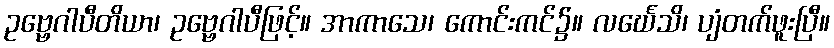
ဥဗ္ဗေဂါပီတိယာ၊ ဥဗ္ဗေဂါပီဖြင့်။ အာကာသေ၊ ကောင်းကင်၌။ လင်္ဃေသိ၊ ပျံတက်ဖူးပြီ။